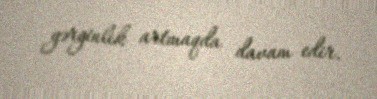
gərginlik artmaqda davam edir.